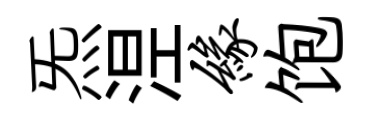
炁𣵀缘饱